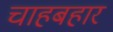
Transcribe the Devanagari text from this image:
चाहबहार